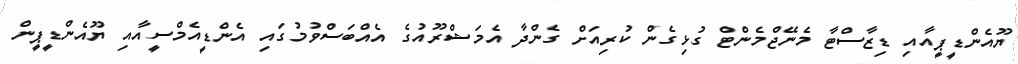
ޔޫއެންޑީޕީއާއި ޑިޒާސްޓާ މެނޭޖްމެންޓް ގުޅިގެން ކުރިއަށް ގެންދާ އެމަޝްރޫއުގެ އެއްބަސްވުމުގައި އެންޑީއެމްސީއާއި ޔޫއެންޑީޕީން